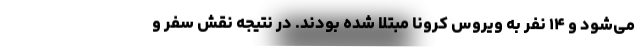
می‌شود و ۱۴ نفر به ویروس کرونا مبتلا شده بودند. در نتیجه نقش سفر و